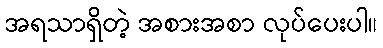
အရသာရှိတဲ့ အစားအစာ လုပ်ပေးပါ။